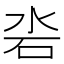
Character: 沯